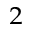
_ 2